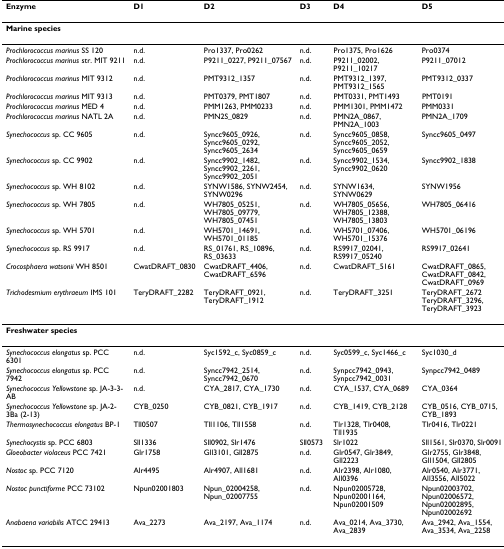
<table><thead><tr><td><b>Enzyme</b></td><td><b>D1</b></td><td><b>D2</b></td><td><b>D3</b></td><td><b>D4</b></td><td><b>D5</b></td></tr></thead><tbody><tr><td colspan="6"><b>Marine species</b></td></tr><tr><td><i>Prochlorococcus marinus </i>SS 120</td><td>n.d.</td><td>Pro1337, Pro0262</td><td>n.d.</td><td>Pro1375, Pro1626</td><td>Pro0374</td></tr><tr><td><i>Prochlorococcus marinus </i>str. MIT 9211</td><td>n.d.</td><td>P9211_0227, P9211_07567</td><td>n.d.</td><td>P9211_02002, P9211_10217</td><td>P9211_07012</td></tr><tr><td><i>Prochlorococcus marinus </i>MIT 9312</td><td>n.d.</td><td>PMT9312_1357</td><td>n.d.</td><td>PMT9312_1397, PMT9312_1565</td><td>PMT9312_0337</td></tr><tr><td><i>Prochlorococcus marinus </i>MIT 9313</td><td>n.d.</td><td>PMT0379, PMT1807</td><td>n.d.</td><td>PMT0331, PMT1493</td><td>PMT0191</td></tr><tr><td><i>Prochlorococcus marinus </i>MED 4</td><td>n.d.</td><td>PMM1263, PMM0233</td><td>n.d.</td><td>PMM1301, PMM1472</td><td>PMM0331</td></tr><tr><td><i>Prochlorococcus marinus </i>NATL 2A</td><td>n.d.</td><td>PMN2S_0829</td><td>n.d.</td><td>PMN2A_0867, PMN2A_1003</td><td>PMN2A_1709</td></tr><tr><td><i>Synechococcus </i>sp. CC 9605</td><td>n.d.</td><td>Syncc9605_0926, Syncc9605_0292, Syncc9605_2634</td><td>n.d.</td><td>Syncc9605_0858, Syncc9605_2052, Syncc9605_0659</td><td>Syncc9605_0497</td></tr><tr><td><i>Synechococcus </i>sp. CC 9902</td><td>n.d.</td><td>Syncc9902_1482, Syncc9902_2261, Syncc9902_2051</td><td>n.d.</td><td>Syncc9902_1534, Syncc9902_0620</td><td>Syncc9902_1838</td></tr><tr><td><i>Synechococcus </i>sp. WH 8102</td><td>n.d.</td><td>SYNW1586, SYNW2454, SYNW0296</td><td>n.d.</td><td>SYNW1634, SYNW0629</td><td>SYNW1956</td></tr><tr><td><i>Synechococcus </i>sp. WH 7805</td><td>n.d.</td><td>WH7805_05251, WH7805_09779, WH7805_07451</td><td>n.d.</td><td>WH7805_05656, WH7805_12388, WH7805_13803</td><td>WH7805_06416</td></tr><tr><td><i>Synechococcus </i>sp. WH 5701</td><td>n.d.</td><td>WH5701_14691, WH5701_01185</td><td>n.d.</td><td>WH5701_07406, WH5701_15376</td><td>WH5701_06196</td></tr><tr><td><i>Synechococcus </i>sp. RS 9917</td><td>n.d.</td><td>RS_01761, RS_10896, RS_03633</td><td>n.d.</td><td>RS9917_02041, RS9917_05240</td><td>RS9917_02641</td></tr><tr><td><i>Crocosphaera watsonii </i>WH 8501</td><td>CwatDRAFT_0830</td><td>CwatDRAFT_4406, CwatDRAFT_6596</td><td>n.d.</td><td>CwatDRAFT_5161</td><td>CwatDRAFT_0865, CwatDRAFT_0842, CwatDRAFT_0969</td></tr><tr><td><i>Trichodesmium erythraeum </i>IMS 101</td><td>TeryDRAFT_2282</td><td>TeryDRAFT_0921, TeryDRAFT_1912</td><td>n.d.</td><td>TeryDRAFT_3251</td><td>TeryDRAFT_2672 TeryDRAFT_3296, TeryDRAFT_3923</td></tr><tr><td colspan="6"><b>Freshwater species</b></td></tr><tr><td><i>Synechococcus elongatus </i>sp. PCC 6301</td><td>n.d.</td><td>Syc1592_c, Syc0859_c</td><td>n.d.</td><td>Syc0599_c, Syc1466_c</td><td>Syc1030_d</td></tr><tr><td><i>Synechococcus elongatus </i>sp. PCC 7942</td><td>n.d.</td><td>Syncc7942_2514, Syncc7942_0670</td><td>n.d.</td><td>Synpcc7942_0943, Synpcc7942_0031</td><td>Synpcc7942_0489</td></tr><tr><td><i>Synechococcus Yellowstone </i>sp. JA-3-3-AB</td><td>n.d.</td><td>CYA_2817, CYA_1730</td><td>n.d.</td><td>CYA_1537, CYA_0689</td><td>CYA_0364</td></tr><tr><td><i>Synechococcus Yellowstone</i> sp. JA-2-3Ba (2-13)</td><td>CYB_0250</td><td>CYB_0821, CYB_1917</td><td>n.d.</td><td>CYB_1419, CYB_2128</td><td>CYB_0516, CYB_0715, CYB_1893</td></tr><tr><td><i>Thermosynechococcus elongatus </i>BP-1</td><td>Tll0507</td><td>Tll1106, Tll1558</td><td>n.d.</td><td>Tlr1328, Tlr0408, Tll1935</td><td>Tlr0416, Tlr0221</td></tr><tr><td><i>Synechocystis </i>sp. PCC 6803</td><td>Sll1336</td><td>Sll0902, Slr1476</td><td>Sll0573</td><td>Slr1022</td><td>Sll1561, Slr0370, Slr0091</td></tr><tr><td><i>Gloeobacter violaceus </i>PCC 7421</td><td>Glr1758</td><td>Gll3101, Gll2875</td><td>n.d.</td><td>Glr0547, Glr3849, Gll2223</td><td>Glr2755, Glr3848, Gll1504, Gll2805</td></tr><tr><td><i>Nostoc </i>sp. PCC 7120</td><td>Alr4495</td><td>Alr4907, All1681</td><td>n.d.</td><td>Alr2398, Alr1080, All0396</td><td>Alr0540, Alr3771, All3556, All5022</td></tr><tr><td><i>Nostoc punctiforme </i>PCC 73102</td><td>Npun02001803</td><td>Npun_02004258, Npun_02007755</td><td>n.d.</td><td>Npun02005728, Npun02001164, Npun02001509</td><td>Npun02003702, Npun02006572, Npun02002895, Npun02002692</td></tr><tr><td><i>Anabaena variabilis </i>ATCC 29413</td><td>Ava_2273</td><td>Ava_2197, Ava_1174</td><td>n.d.</td><td>Ava_0214, Ava_3730, Ava_2839</td><td>Ava_2942, Ava_1554, Ava_3534, Ava_2258</td></tr></tbody></table>